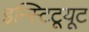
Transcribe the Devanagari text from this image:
इन्स्टिटूयूट